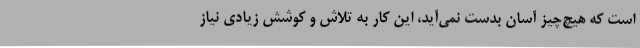
است که هیچ‌چیز آسان بدست نمی‌آید، این کار به تلاش و کوشش زیادی نیاز